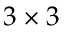
3 \times 3